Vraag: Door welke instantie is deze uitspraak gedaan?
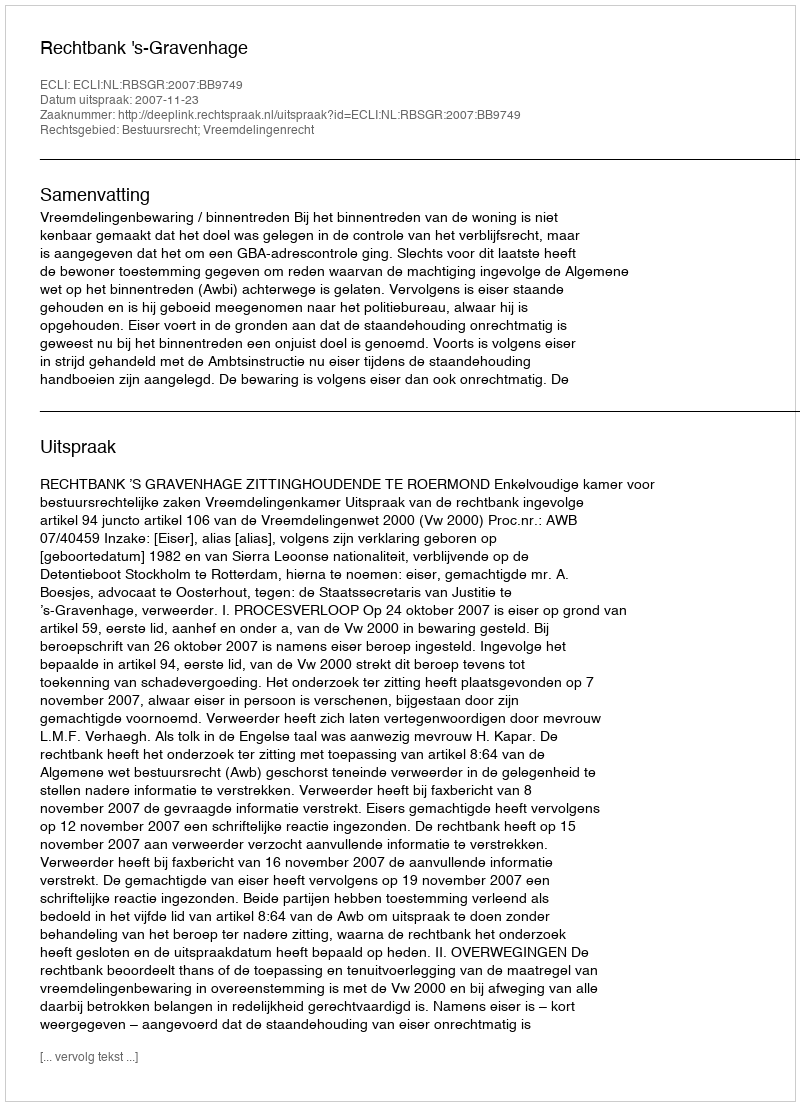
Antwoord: Rechtbank 's-Gravenhage